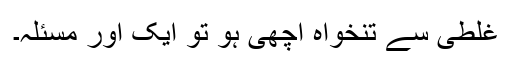
غلطی سے تنخواہ اچھی ہو تو ایک اور مسئلہ۔